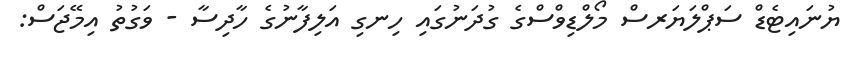
ޔުނައިޓެޑް ސަޕްލަޔަރސް މޯލްޑިވްސްގެ ގުދަނުގައި ހިނގި އަލިފާނުގެ ހާދިސާ - ވަގުތު އިމޭޖަސް: